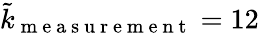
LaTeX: \tilde{k}_{\mathrm{~m~e~a~s~u~r~e~m~e~n~t~}}=12